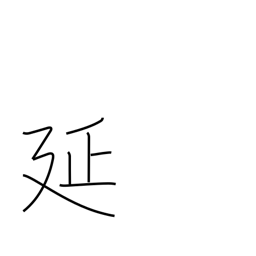
Meaning: stretching